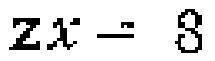
$zx = 3$